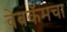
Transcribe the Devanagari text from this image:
वेबकॅमचा